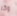
وكر